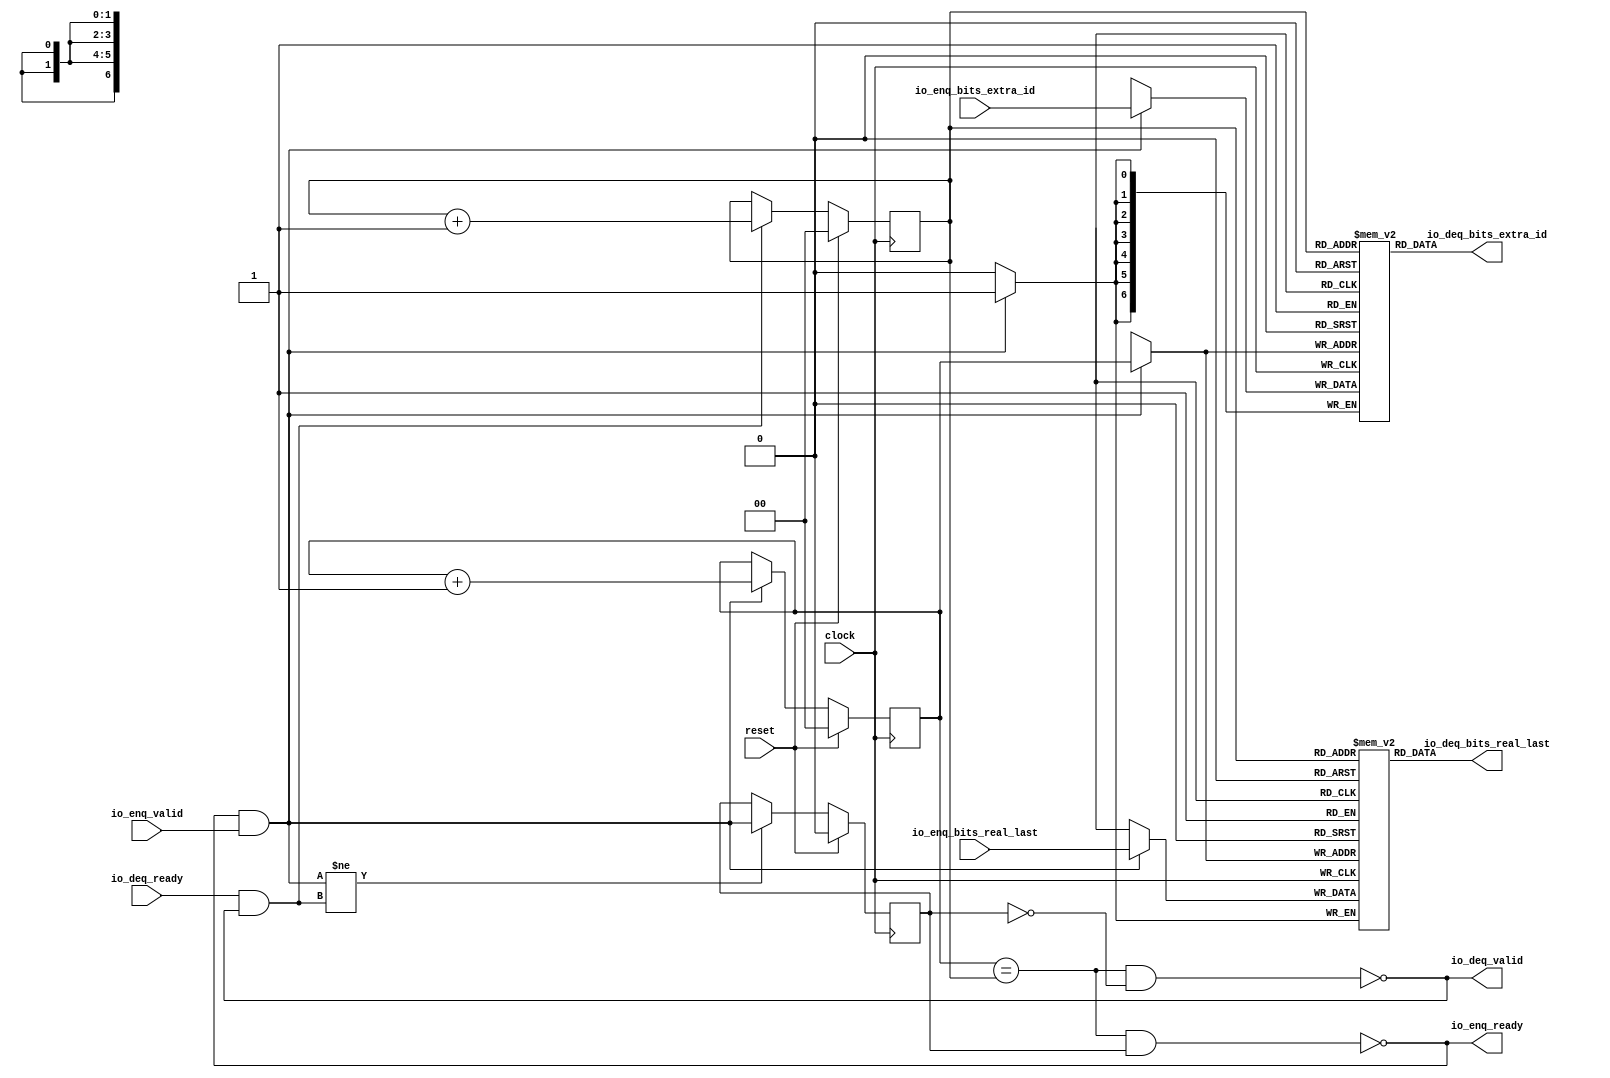
module QueueCompatibility_10( // @[:freechips.rocketchip.system.DefaultRV32Config.fir@40492.2]
  input        clock, // @[:freechips.rocketchip.system.DefaultRV32Config.fir@40493.4]
  input        reset, // @[:freechips.rocketchip.system.DefaultRV32Config.fir@40494.4]
  output       io_enq_ready, // @[:freechips.rocketchip.system.DefaultRV32Config.fir@40495.4]
  input        io_enq_valid, // @[:freechips.rocketchip.system.DefaultRV32Config.fir@40495.4]
  input  [6:0] io_enq_bits_extra_id, // @[:freechips.rocketchip.system.DefaultRV32Config.fir@40495.4]
  input        io_enq_bits_real_last, // @[:freechips.rocketchip.system.DefaultRV32Config.fir@40495.4]
  input        io_deq_ready, // @[:freechips.rocketchip.system.DefaultRV32Config.fir@40495.4]
  output       io_deq_valid, // @[:freechips.rocketchip.system.DefaultRV32Config.fir@40495.4]
  output [6:0] io_deq_bits_extra_id, // @[:freechips.rocketchip.system.DefaultRV32Config.fir@40495.4]
  output       io_deq_bits_real_last // @[:freechips.rocketchip.system.DefaultRV32Config.fir@40495.4]
);
`ifdef RANDOMIZE_MEM_INIT
  reg [31:0] _RAND_0;
  reg [31:0] _RAND_1;
`endif // RANDOMIZE_MEM_INIT
`ifdef RANDOMIZE_REG_INIT
  reg [31:0] _RAND_2;
  reg [31:0] _RAND_3;
  reg [31:0] _RAND_4;
`endif // RANDOMIZE_REG_INIT
  reg [6:0] ram_extra_id [0:3]; // @[Decoupled.scala 209:16:freechips.rocketchip.system.DefaultRV32Config.fir@40500.4]
  wire [6:0] ram_extra_id__T_11_data; // @[Decoupled.scala 209:16:freechips.rocketchip.system.DefaultRV32Config.fir@40500.4]
  wire [1:0] ram_extra_id__T_11_addr; // @[Decoupled.scala 209:16:freechips.rocketchip.system.DefaultRV32Config.fir@40500.4]
  wire [6:0] ram_extra_id__T_3_data; // @[Decoupled.scala 209:16:freechips.rocketchip.system.DefaultRV32Config.fir@40500.4]
  wire [1:0] ram_extra_id__T_3_addr; // @[Decoupled.scala 209:16:freechips.rocketchip.system.DefaultRV32Config.fir@40500.4]
  wire  ram_extra_id__T_3_mask; // @[Decoupled.scala 209:16:freechips.rocketchip.system.DefaultRV32Config.fir@40500.4]
  wire  ram_extra_id__T_3_en; // @[Decoupled.scala 209:16:freechips.rocketchip.system.DefaultRV32Config.fir@40500.4]
  reg  ram_real_last [0:3]; // @[Decoupled.scala 209:16:freechips.rocketchip.system.DefaultRV32Config.fir@40500.4]
  wire  ram_real_last__T_11_data; // @[Decoupled.scala 209:16:freechips.rocketchip.system.DefaultRV32Config.fir@40500.4]
  wire [1:0] ram_real_last__T_11_addr; // @[Decoupled.scala 209:16:freechips.rocketchip.system.DefaultRV32Config.fir@40500.4]
  wire  ram_real_last__T_3_data; // @[Decoupled.scala 209:16:freechips.rocketchip.system.DefaultRV32Config.fir@40500.4]
  wire [1:0] ram_real_last__T_3_addr; // @[Decoupled.scala 209:16:freechips.rocketchip.system.DefaultRV32Config.fir@40500.4]
  wire  ram_real_last__T_3_mask; // @[Decoupled.scala 209:16:freechips.rocketchip.system.DefaultRV32Config.fir@40500.4]
  wire  ram_real_last__T_3_en; // @[Decoupled.scala 209:16:freechips.rocketchip.system.DefaultRV32Config.fir@40500.4]
  reg [1:0] enq_ptr_value; // @[Counter.scala 29:33:freechips.rocketchip.system.DefaultRV32Config.fir@40501.4]
  reg [1:0] deq_ptr_value; // @[Counter.scala 29:33:freechips.rocketchip.system.DefaultRV32Config.fir@40502.4]
  reg  maybe_full; // @[Decoupled.scala 212:27:freechips.rocketchip.system.DefaultRV32Config.fir@40503.4]
  wire  ptr_match; // @[Decoupled.scala 214:33:freechips.rocketchip.system.DefaultRV32Config.fir@40504.4]
  wire  _T; // @[Decoupled.scala 215:28:freechips.rocketchip.system.DefaultRV32Config.fir@40505.4]
  wire  empty; // @[Decoupled.scala 215:25:freechips.rocketchip.system.DefaultRV32Config.fir@40506.4]
  wire  full; // @[Decoupled.scala 216:24:freechips.rocketchip.system.DefaultRV32Config.fir@40507.4]
  wire  do_enq; // @[Decoupled.scala 40:37:freechips.rocketchip.system.DefaultRV32Config.fir@40508.4]
  wire  do_deq; // @[Decoupled.scala 40:37:freechips.rocketchip.system.DefaultRV32Config.fir@40512.4]
  wire [1:0] _T_5; // @[Counter.scala 39:22:freechips.rocketchip.system.DefaultRV32Config.fir@40521.6]
  wire [1:0] _T_7; // @[Counter.scala 39:22:freechips.rocketchip.system.DefaultRV32Config.fir@40527.6]
  wire  _T_8; // @[Decoupled.scala 227:16:freechips.rocketchip.system.DefaultRV32Config.fir@40530.4]
  assign ram_extra_id__T_11_addr = deq_ptr_value;
  assign ram_extra_id__T_11_data = ram_extra_id[ram_extra_id__T_11_addr]; // @[Decoupled.scala 209:16:freechips.rocketchip.system.DefaultRV32Config.fir@40500.4]
  assign ram_extra_id__T_3_data = io_enq_bits_extra_id;
  assign ram_extra_id__T_3_addr = enq_ptr_value;
  assign ram_extra_id__T_3_mask = 1'h1;
  assign ram_extra_id__T_3_en = io_enq_ready & io_enq_valid;
  assign ram_real_last__T_11_addr = deq_ptr_value;
  assign ram_real_last__T_11_data = ram_real_last[ram_real_last__T_11_addr]; // @[Decoupled.scala 209:16:freechips.rocketchip.system.DefaultRV32Config.fir@40500.4]
  assign ram_real_last__T_3_data = io_enq_bits_real_last;
  assign ram_real_last__T_3_addr = enq_ptr_value;
  assign ram_real_last__T_3_mask = 1'h1;
  assign ram_real_last__T_3_en = io_enq_ready & io_enq_valid;
  assign ptr_match = enq_ptr_value == deq_ptr_value; // @[Decoupled.scala 214:33:freechips.rocketchip.system.DefaultRV32Config.fir@40504.4]
  assign _T = ~maybe_full; // @[Decoupled.scala 215:28:freechips.rocketchip.system.DefaultRV32Config.fir@40505.4]
  assign empty = ptr_match & _T; // @[Decoupled.scala 215:25:freechips.rocketchip.system.DefaultRV32Config.fir@40506.4]
  assign full = ptr_match & maybe_full; // @[Decoupled.scala 216:24:freechips.rocketchip.system.DefaultRV32Config.fir@40507.4]
  assign do_enq = io_enq_ready & io_enq_valid; // @[Decoupled.scala 40:37:freechips.rocketchip.system.DefaultRV32Config.fir@40508.4]
  assign do_deq = io_deq_ready & io_deq_valid; // @[Decoupled.scala 40:37:freechips.rocketchip.system.DefaultRV32Config.fir@40512.4]
  assign _T_5 = enq_ptr_value + 2'h1; // @[Counter.scala 39:22:freechips.rocketchip.system.DefaultRV32Config.fir@40521.6]
  assign _T_7 = deq_ptr_value + 2'h1; // @[Counter.scala 39:22:freechips.rocketchip.system.DefaultRV32Config.fir@40527.6]
  assign _T_8 = do_enq != do_deq; // @[Decoupled.scala 227:16:freechips.rocketchip.system.DefaultRV32Config.fir@40530.4]
  assign io_enq_ready = ~full; // @[Decoupled.scala 232:16:freechips.rocketchip.system.DefaultRV32Config.fir@40537.4]
  assign io_deq_valid = ~empty; // @[Decoupled.scala 231:16:freechips.rocketchip.system.DefaultRV32Config.fir@40535.4]
  assign io_deq_bits_extra_id = ram_extra_id__T_11_data; // @[Decoupled.scala 233:15:freechips.rocketchip.system.DefaultRV32Config.fir@40539.4]
  assign io_deq_bits_real_last = ram_real_last__T_11_data; // @[Decoupled.scala 233:15:freechips.rocketchip.system.DefaultRV32Config.fir@40539.4]
`ifdef RANDOMIZE_GARBAGE_ASSIGN
`define RANDOMIZE
`endif
`ifdef RANDOMIZE_INVALID_ASSIGN
`define RANDOMIZE
`endif
`ifdef RANDOMIZE_REG_INIT
`define RANDOMIZE
`endif
`ifdef RANDOMIZE_MEM_INIT
`define RANDOMIZE
`endif
`ifndef RANDOM
`define RANDOM $random
`endif
`ifdef RANDOMIZE_MEM_INIT
  integer initvar;
`endif
`ifndef SYNTHESIS
`ifdef FIRRTL_BEFORE_INITIAL
`FIRRTL_BEFORE_INITIAL
`endif
initial begin
  `ifdef RANDOMIZE
    `ifdef INIT_RANDOM
      `INIT_RANDOM
    `endif
    `ifndef VERILATOR
      `ifdef RANDOMIZE_DELAY
        #`RANDOMIZE_DELAY begin end
      `else
        #0.002 begin end
      `endif
    `endif
`ifdef RANDOMIZE_MEM_INIT
  _RAND_0 = {1{`RANDOM}};
  for (initvar = 0; initvar < 4; initvar = initvar+1)
    ram_extra_id[initvar] = _RAND_0[6:0];
  _RAND_1 = {1{`RANDOM}};
  for (initvar = 0; initvar < 4; initvar = initvar+1)
    ram_real_last[initvar] = _RAND_1[0:0];
`endif // RANDOMIZE_MEM_INIT
`ifdef RANDOMIZE_REG_INIT
  _RAND_2 = {1{`RANDOM}};
  enq_ptr_value = _RAND_2[1:0];
  _RAND_3 = {1{`RANDOM}};
  deq_ptr_value = _RAND_3[1:0];
  _RAND_4 = {1{`RANDOM}};
  maybe_full = _RAND_4[0:0];
`endif // RANDOMIZE_REG_INIT
  `endif // RANDOMIZE
end // initial
`ifdef FIRRTL_AFTER_INITIAL
`FIRRTL_AFTER_INITIAL
`endif
`endif // SYNTHESIS
  always @(posedge clock) begin
    if(ram_extra_id__T_3_en & ram_extra_id__T_3_mask) begin
      ram_extra_id[ram_extra_id__T_3_addr] <= ram_extra_id__T_3_data; // @[Decoupled.scala 209:16:freechips.rocketchip.system.DefaultRV32Config.fir@40500.4]
    end
    if(ram_real_last__T_3_en & ram_real_last__T_3_mask) begin
      ram_real_last[ram_real_last__T_3_addr] <= ram_real_last__T_3_data; // @[Decoupled.scala 209:16:freechips.rocketchip.system.DefaultRV32Config.fir@40500.4]
    end
    if (reset) begin
      enq_ptr_value <= 2'h0;
    end else if (do_enq) begin
      enq_ptr_value <= _T_5;
    end
    if (reset) begin
      deq_ptr_value <= 2'h0;
    end else if (do_deq) begin
      deq_ptr_value <= _T_7;
    end
    if (reset) begin
      maybe_full <= 1'h0;
    end else if (_T_8) begin
      maybe_full <= do_enq;
    end
  end
endmodule